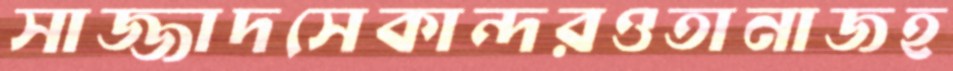
সাজ্জাদসেকান্দরওতানাজহ